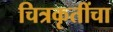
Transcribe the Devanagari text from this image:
चित्रकृतींचा